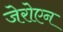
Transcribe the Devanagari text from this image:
जेरोएन